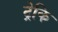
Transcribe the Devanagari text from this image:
ट्रेकि